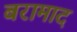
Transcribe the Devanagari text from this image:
बरामाद